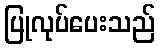
ပြုလုပ်ပေးသည်